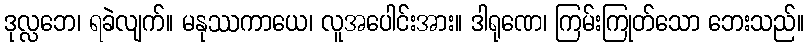
ဒုလ္လဘေ၊ ရခဲလျက်။ မနုဿကာယေ၊ လူအပေါင်းအား။ ဒါရုဏေ၊ ကြမ်းကြုတ်သော ဘေးသည်။